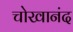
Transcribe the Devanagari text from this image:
चोखानंद